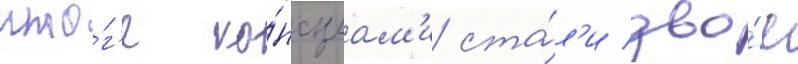
ито́г'е ко́нсулам'и ста́л'и дво́е